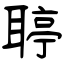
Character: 聤